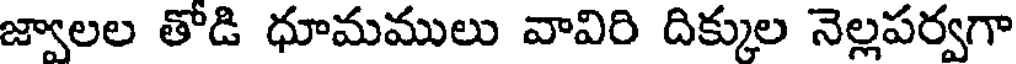
జ్వాలల తోడి ధూమములు వావిరి దిక్కుల నెల్లపర్వగా